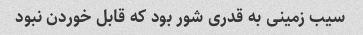
سیب زمینی به قدری شور بود که قابل خوردن نبود